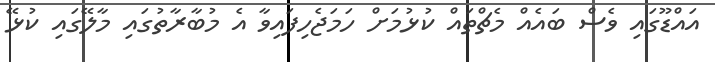
އައްޑޫގައި ވެސް ބައެއް މެޗްތައް ކުޅުމަށް ހަމަޖެހިފައިވާ އެ މުބާރާތުގައި މާލޭގައި ކުޅޭ